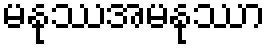
မနုဿအမနုဿာ